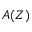
A ( Z )